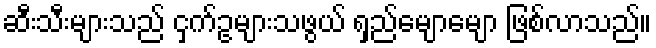
ဆီးသီးများသည် ငှက်ဥများသဖွယ် ရှည်မျောမျော ဖြစ်လာသည်။